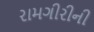
રામગીરીની